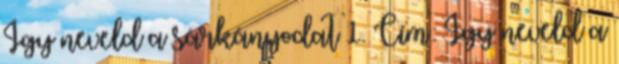
Így neveld a sárkányodat 1. Cím: Így neveld a